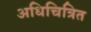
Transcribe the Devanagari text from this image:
अधिचित्रित